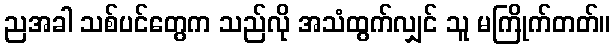
ညအခါ သစ်ပင်တွေက သည်လို အသံထွက်လျှင် သူ မကြိုက်တတ်။